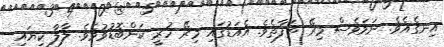
އިނގެއެވެ. ނަމަވެސް މިރޭ ތަފާތެވެ. އެއަޑުގައި މިރޭ ހުރީ ކަންބޮޑުވުމެވެ. ލާލާ ކިޔައި